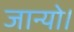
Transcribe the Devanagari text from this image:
जान्यो।